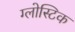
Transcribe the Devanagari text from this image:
ग्लोस्टिक